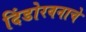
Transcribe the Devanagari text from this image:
दिंडोरवनाचे